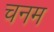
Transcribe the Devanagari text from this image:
चनम